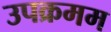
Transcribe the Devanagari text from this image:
उपक्रमम